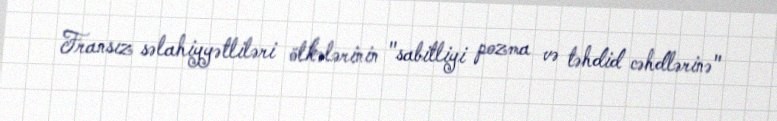
Fransız səlahiyyətliləri ölkələrinin "sabitliyi pozma və təhdid cəhdlərinə"